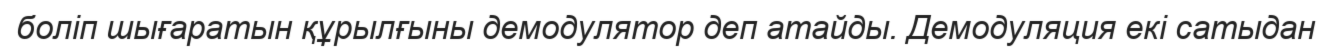
боліп шығаратын құрылғыны демодулятор деп атайды. Демодуляция екі сатыдан